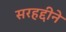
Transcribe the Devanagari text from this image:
सरहद्दीने